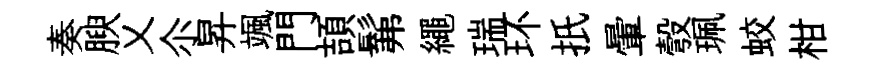
奏腴乂尒昇颯門頡髴繩瑞环扺暈彀珮蛟柑